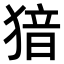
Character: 𤟟